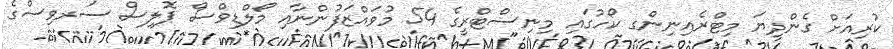
ކުރިއަށް ގެންދިޔަ މިޓްރެއިނިންގ ކޯހުގައި މިނިސްޓްރީގެ 54 މުވައްޒަފުންނާއި މޯލްޑިވްސް ޕޮލިސް ސަރވިސްގެ